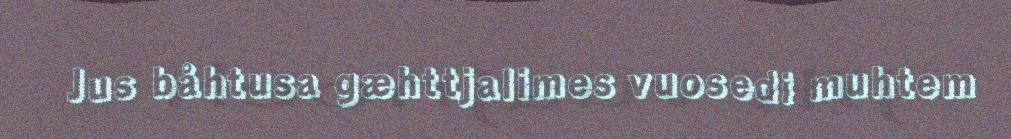
Jus båhtusa gæhttjalimes vuosedi muhtem